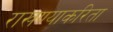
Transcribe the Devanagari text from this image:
राखण्याकरिता